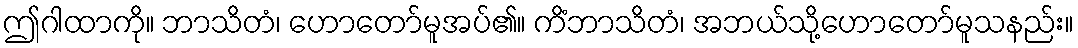
ဤဂါထာကို။ ဘာသိတံ၊ ဟောတော်မူအပ်၏။ ကိံဘာသိတံ၊ အဘယ်သို့ဟောတော်မူသနည်း။